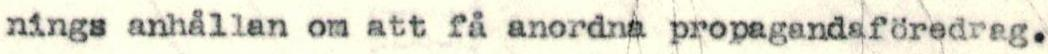
nings anhållan om att få anordna propagandaföredrag.